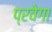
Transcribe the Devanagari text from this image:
प्रवेगा